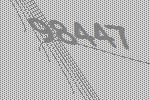
98447